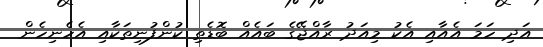
އަދި ހަމަ އެއާއި އެކު މިއަދު ރާއްޖޭގެ ބައެއް ބޮޑެތި ކުންފުނިތަކާއި އެހެނިހެން